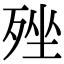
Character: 𣨎